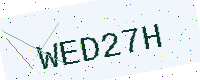
Text: WED27H